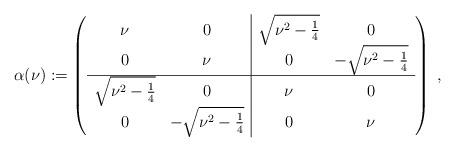
LaTeX: \begin{align*}\alpha(\nu) := \left( \begin{array}{cc|cc} \nu & 0 & \sqrt{\nu^2-\frac{1}{4}} & 0 \\ 0 & \nu & 0 & -\sqrt{\nu^2-\frac{1}{4}} \\ \hline \sqrt{\nu^2-\frac{1}{4}} & 0 & \nu & 0 \\ 0 & -\sqrt{\nu^2-\frac{1}{4}} & 0 & \nu \\ \end{array} \right)\;,\end{align*}